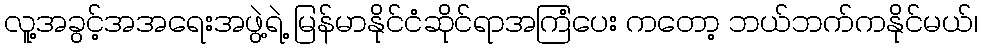
လူ့အခွင့်အအရေးအဖွဲ့ရဲ့ မြန်မာနိုင်ငံဆိုင်ရာအကြံပေး ကတော့ ဘယ်ဘက်ကနိုင်မယ်၊